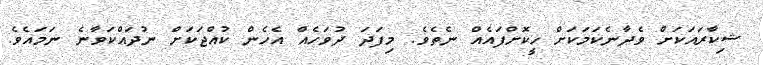
ޝިކާރައަކަށް ވެދާނެކަމަކަށް ހީކޮށްފައެއް ނެތެވެ. މިފަދަ ދުވަހެއް އެހެން ކުއްޖަކަށް ނުދައްކަވާނެ ނަމައެވެ.